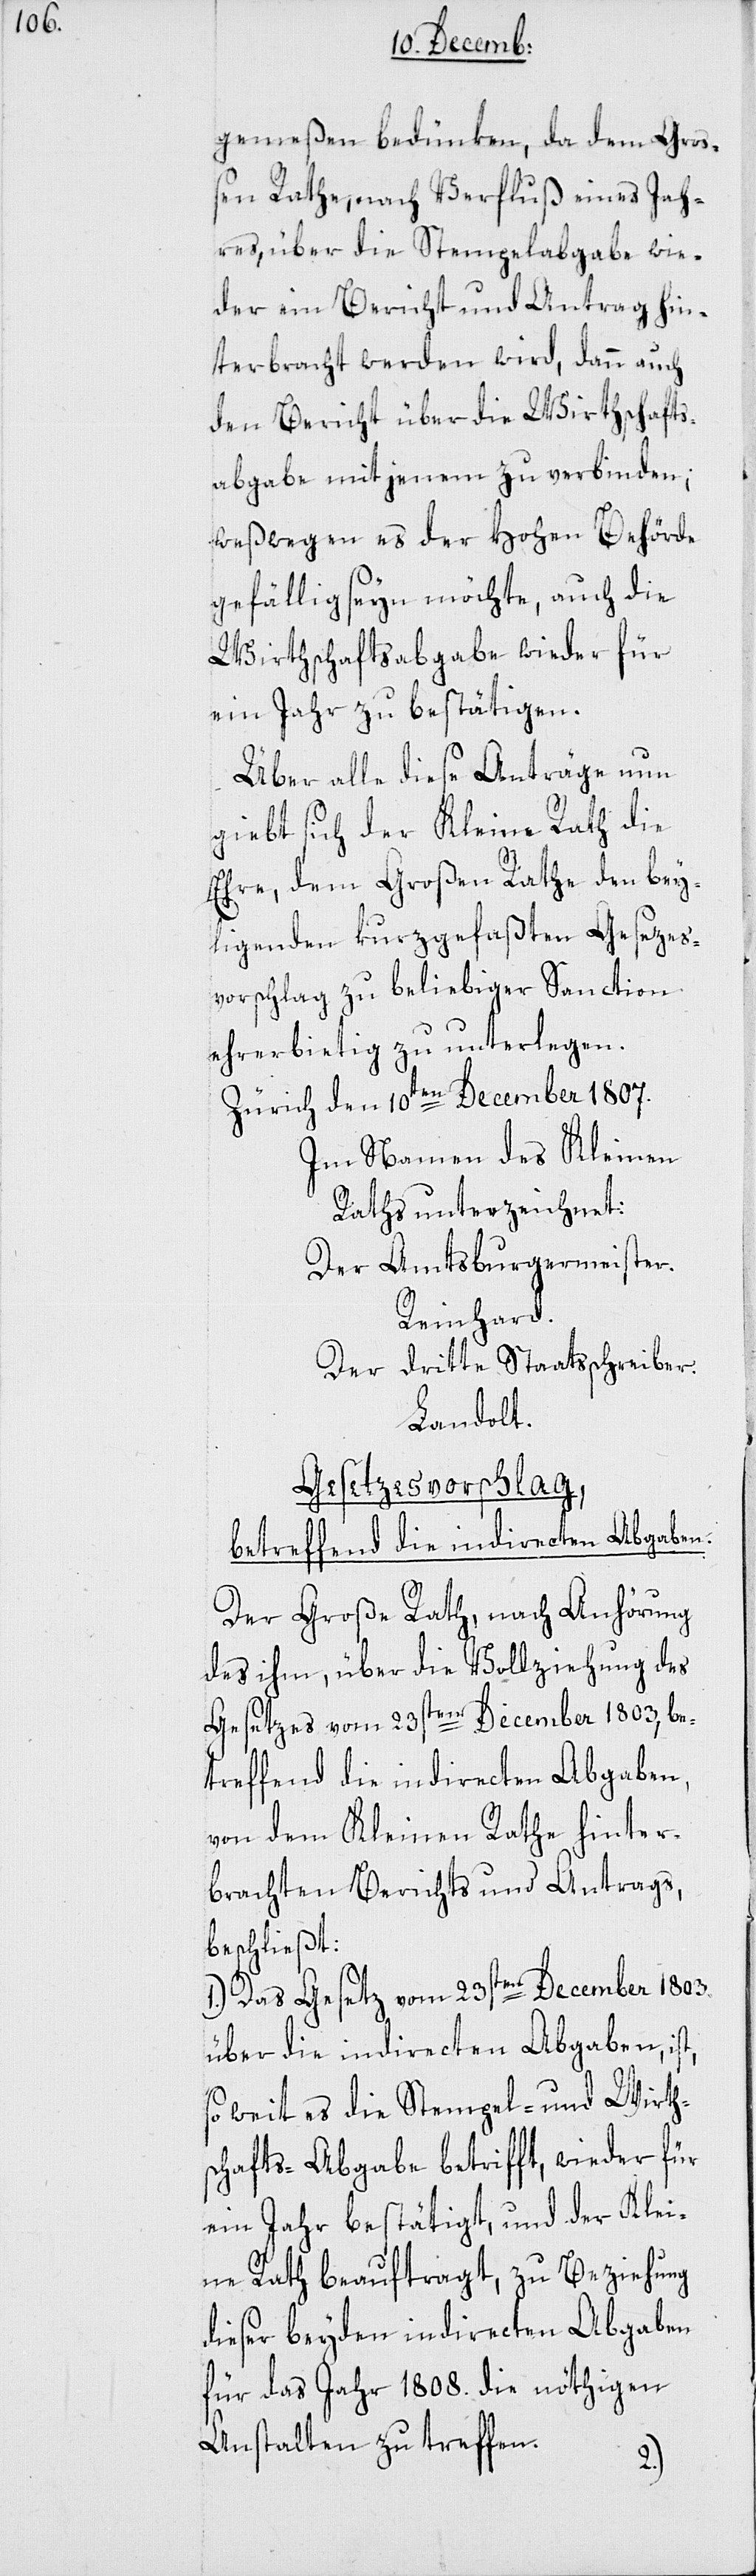
gemeßen bedünken, da dem Groß¬
en Rathe, nach Verfluß eines Jah¬
res, über die Stempelabgabe wie¬
der ein Bericht und Antrag hin¬
terbracht werden wird, dann auch
den Bericht über die Wirthschafts¬
abgabe mit jenem zu verbinden,
weßwegen es der Hohen Behörde
gefällig seyn möchte, auch die
Wirthschaftabgabe wieder für
ein Jahr zu bestätigen.
Über alle diese Anträge nun
giebt sich der Kleine Rath die
Ehre, dem Großen Rathe den bey¬
liegenden kurzgefaßten Gesezes¬
vorschlag zu beliebiger Sanction
ehrerbietig zu unterlegen.
Zürich, den 10ten December 1807.
Im Namen des Kleinen
Raths unterzeichnet:
Der Amtsburgermeister.
Reinhard.
Der dritte Staatsschreiber.
Landolt.
Gesetzesvorschlag,
betreffend die indirecten Abgaben.
Der Große Rath, nach Anhörung
des ihm, über die Vollziehung des
Gesetzes vom 23sten December 1803, be¬
treffend die indirecten Abgaben,
von dem Kleinen Rathe hinter¬
brachten Berichts und Antrags,
beschließt:
1.) Das Gesetz vom 23sten December 1803
über die indirecten Abgaben, is¬
soweit es die Stempel- und Wirth¬
schafts-Abgabe betrifft, wieder für
ein Jahr bestätigt, und der Klei¬
ne Rath beauftragt, zu Beziehung
dieser beyden indirecten Abgaben
für das Jahr 1808. die nöthigen
Anstalten zu treffen.
t,